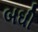
બઘી